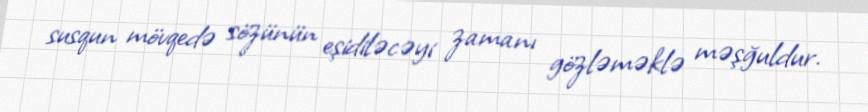
susqun mövqedə sözünün eşidiləcəyi zamanı gözləməklə məşğuldur.